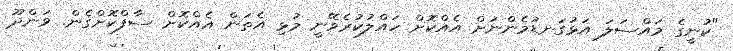
"ކުނީގެ މައްސަލަ އަޅުގަނޑުމެންނަށް އެއްކޮށް ހައްލުކުރެވޭނީ މުޅި އެތަން އެއްކޮށް ސާފްކޮށްގެން. ވަންދޫ